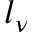
l _ { \nu }